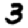
Digit: 3